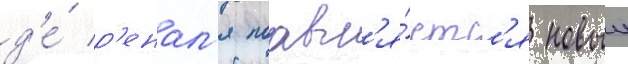
д'е́ р'енал'я поавл'я́етс'я новыи